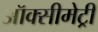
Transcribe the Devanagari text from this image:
ऑक्सीमेट्री